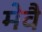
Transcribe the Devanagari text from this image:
मेवै